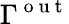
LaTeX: \Gamma^{\mathrm{~o~u~t~}}